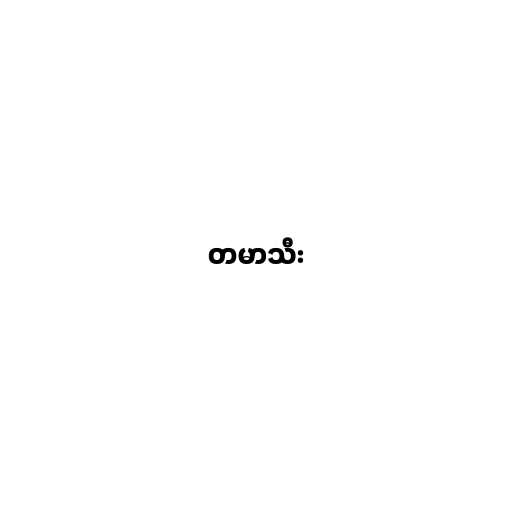
တမာသီး